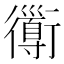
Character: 𧘄